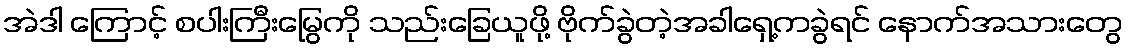
အဲဒါ ကြောင့် စပါးကြီးမြွေကို သည်းခြေယူဖို့ ဗိုက်ခွဲတဲ့အခါရှေ့ကခွဲရင် နောက်အသားတွေ